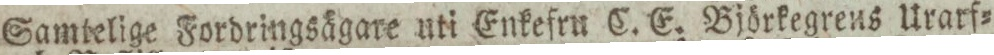
Samtelige Fordringsägare uti Enkefru C. E. Björkegrens Urarf=